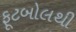
ફૂટબોલથી